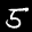
Label: 5